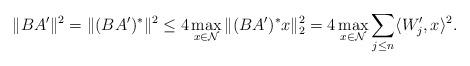
LaTeX: \begin{align*}\Vert BA^{\prime}\Vert^{2}=\Vert (BA^{\prime})^{*}\Vert^{2}\le 4\max_{x\in \mathcal{N}}\Vert(BA^{\prime})^{*}x\Vert_{2}^{2}=4\max_{x\in \mathcal{N}}\sum_{j\le n}\langle W_{j}^{\prime}, x\rangle^{2}. \end{align*}